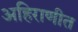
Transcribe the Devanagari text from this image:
अहिराणीत